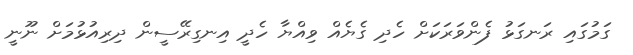
ގަމުގައި ރަނގަޅު ފެންވަރަކަށް ހެދި ގެޔެއް ވިއްޔާ ހެދީ އިނގިރޭސީން ދިރިއުޅުމަށް ނޫނީ